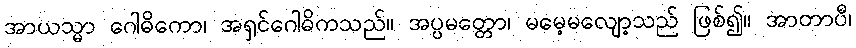
အာယသ္မာ ဂေါဓိကော၊ အရှင်ဂေါဓိကသည်။ အပ္ပမတ္တော၊ မမေ့မလျော့သည် ဖြစ်၍။ အာတာပီ၊